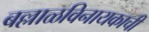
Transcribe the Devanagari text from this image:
बल्लाळविनायकाची